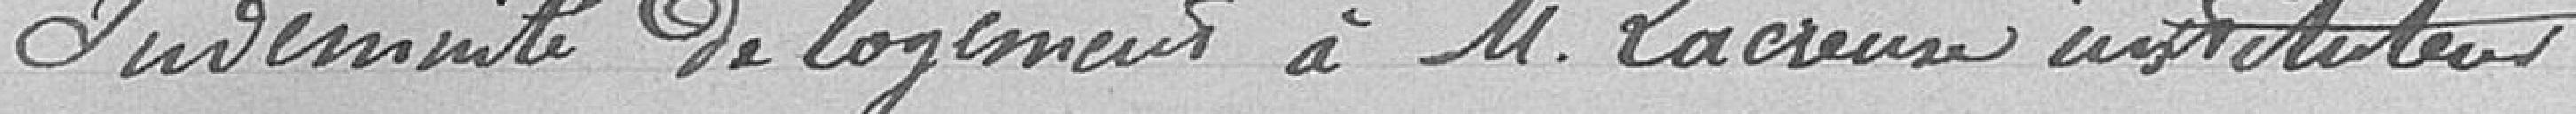
Indemnité de logement à Monsieur Lacreuse instituteur